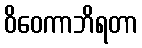
ဝိဝေကာဘိရတာ